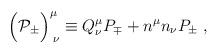
LaTeX: \begin{align*}\Bigr({\cal P}_{\pm}\Bigr)_{\; \nu}^{\mu} \equiv Q^{\mu}_{\nu}P_{\mp} + n^{\mu}n_{\nu}P_{\pm} \; ,\end{align*}